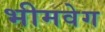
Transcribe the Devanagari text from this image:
भीमवेग